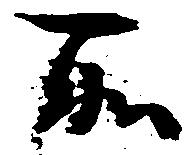
所